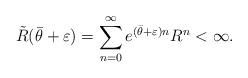
LaTeX: \begin{align*}\tilde{R}(\bar{\theta}+\varepsilon)=\sum_{n=0}^\infty e^{(\bar{\theta}+\varepsilon) n} R^n < \infty. \end{align*}